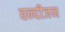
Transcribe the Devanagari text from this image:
वन्दीजन